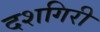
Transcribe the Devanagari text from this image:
दशगिरी